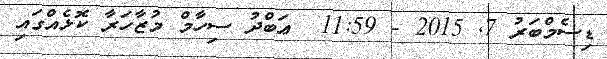
ޑިސެމްބަރު 7